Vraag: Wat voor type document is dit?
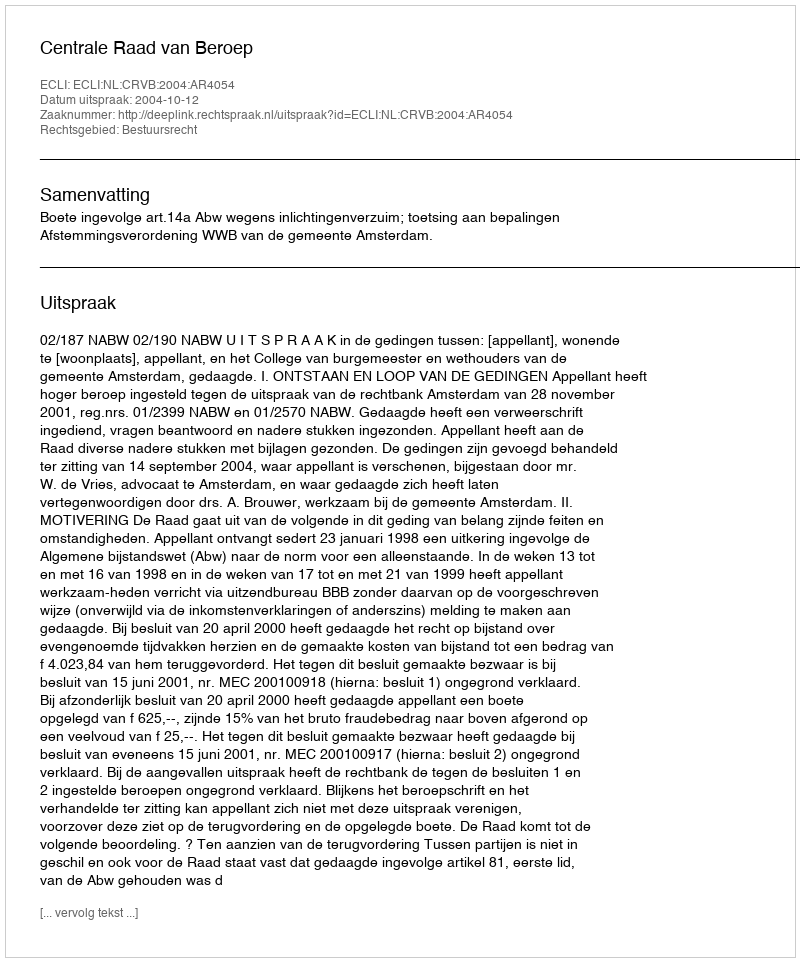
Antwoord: Uitspraak